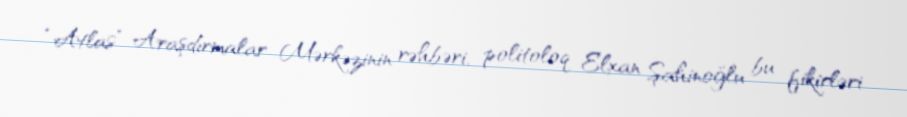
“Atlas” Araşdırmalar Mərkəzinin rəhbəri, politoloq Elxan Şahinoğlu bu fikirləri